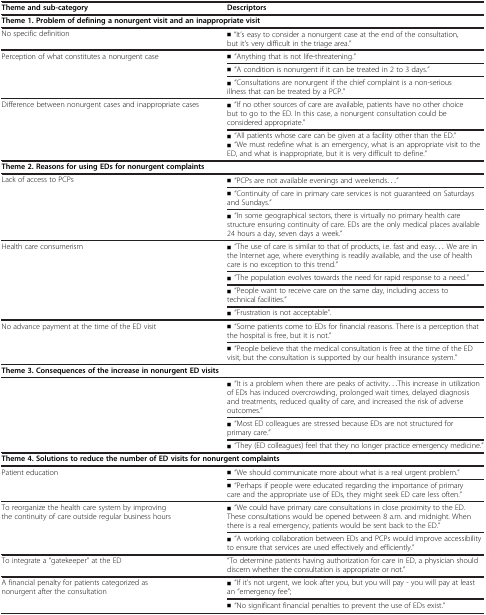
<table><thead><tr><td><b>Theme and sub-category</b></td><td><b>Descriptors</b></td></tr></thead><tbody><tr><td colspan="2"><b>Theme 1. Problem of defining a nonurgent visit and an inappropriate visit</b></td></tr><tr><td>No specific definition</td><td>▪ “It’s easy to consider a nonurgent case at the end of the consultation, but it&#x27;s very difficult in the triage area.”</td></tr><tr><td>Perception of what constitutes a nonurgent case</td><td>▪ “Anything that is not life-threatening.”</td></tr><tr><td> </td><td>▪ “A condition is nonurgent if it can be treated in 2 to 3 days.”</td></tr><tr><td> </td><td>▪ “Consultations are nonurgent if the chief complaint is a non-serious illness that can be treated by a PCP.”</td></tr><tr><td>Difference between nonurgent cases and inappropriate cases</td><td>▪ “If no other sources of care are available, patients have no other choice but to go to the ED. In this case, a nonurgent consultation could be considered appropriate.”</td></tr><tr><td> </td><td>▪ “All patients whose care can be given at a facility other than the ED.”▪ “We must redefine what is an emergency, what is an appropriate visit to the</td></tr><tr><td> </td><td>ED, and what is inappropriate, but it is very difficult to define.”</td></tr><tr><td colspan="2"><b>Theme 2. Reasons for using EDs for nonurgent complaints</b></td></tr><tr><td>Lack of access to PCPs</td><td>▪ “PCPs are not available evenings and weekends...”</td></tr><tr><td> </td><td>▪ “Continuity of care in primary care services is not guaranteed on Saturdays and Sundays.”</td></tr><tr><td> </td><td>▪ “In some geographical sectors, there is virtually no primary health care structure ensuring continuity of care. EDs are the only medical places available 24 hours a day, seven days a week.”</td></tr><tr><td>Health care consumerism</td><td>▪ “The use of care is similar to that of products, i.e. fast and easy... We are in the Internet age, where everything is readily available, and the use of health care is no exception to this trend.”</td></tr><tr><td> </td><td>▪ “The population evolves towards the need for rapid response to a need.”</td></tr><tr><td> </td><td>▪ “People want to receive care on the same day, including access to technical facilities.”</td></tr><tr><td> </td><td>▪ “Frustration is not acceptable”.</td></tr><tr><td>No advance payment at the time of the ED visit</td><td>▪ “Some patients come to EDs for financial reasons. There is a perception that the hospital is free, but it is not.”</td></tr><tr><td> </td><td>▪ “People believe that the medical consultation is free at the time of the ED visit, but the consultation is supported by our health insurance system.”</td></tr><tr><td colspan="2"><b>Theme 3. Consequences of the increase in nonurgent ED visits</b></td></tr><tr><td> </td><td>▪ “It is a problem when there are peaks of activity...This increase in utilization of EDs has induced overcrowding, prolonged wait times, delayed diagnosis and treatments, reduced quality of care, and increased the risk of adverse outcomes.”</td></tr><tr><td> </td><td>▪ “Most ED colleagues are stressed because EDs are not structured for primary care.”</td></tr><tr><td> </td><td>▪ “They (ED colleagues) feel that they no longer practice emergency medicine.”</td></tr><tr><td colspan="2"><b>Theme 4. Solutions to reduce the number of ED visits for nonurgent complaints</b></td></tr><tr><td>Patient education</td><td>▪ “We should communicate more about what is a real urgent problem.”</td></tr><tr><td> </td><td>▪ “Perhaps if people were educated regarding the importance of primary care and the appropriate use of EDs, they might seek ED care less often.”</td></tr><tr><td>To reorganize the health care system by improving the continuity of care outside regular business hours</td><td>▪ “We could have primary care consultations in close proximity to the ED. These consultations would be opened between 8 a.m. and midnight. When there is a real emergency, patients would be sent back to the ED.”</td></tr><tr><td> </td><td>▪ “A working collaboration between EDs and PCPs would improve accessibility to ensure that services are used effectively and efficiently.”</td></tr><tr><td>To integrate a “gatekeeper” at the ED</td><td>“To determine patients having authorization for care in ED, a physician should discern whether the consultation is appropriate or not.”</td></tr><tr><td>A financial penalty for patients categorized as nonurgent after the consultation</td><td>▪ “If it’s not urgent, we look after you, but you will pay - you will pay at least an “emergency fee”;</td></tr><tr><td> </td><td>▪ “No significant financial penalties to prevent the use of EDs exist.”</td></tr></tbody></table>